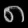
Digit: ၈